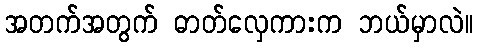
အတက်အတွက် ဓာတ်လှေကားက ဘယ်မှာလဲ။